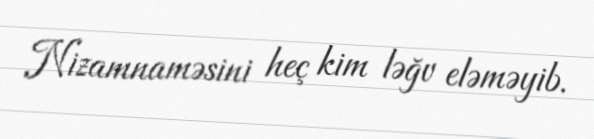
Nizamnaməsini heç kim ləğv eləməyib.